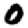
Digit: 0